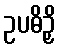
ဥပဓိဉှိ